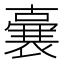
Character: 𭋛